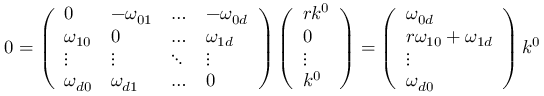
0 = \left( \begin{array} { l l l l } { { 0 } } & { { - \omega _ { 0 1 } } } & { { \ldots } } & { { - \omega _ { 0 d } } } \\ { { \omega _ { 1 0 } } } & { { 0 } } & { { \ldots } } & { { \omega _ { 1 d } } } \\ { { \vdots } } & { { \vdots } } & { { \ddots } } & { { \vdots } } \\ { { \omega _ { d 0 } } } & { { \omega _ { d 1 } } } & { { \ldots } } & { { 0 } } \end{array} \right) \left( \begin{array} { l } { { r k ^ { 0 } } } \\ { { 0 } } \\ { { \vdots } } \\ { { k ^ { 0 } } } \end{array} \right) = \left( \begin{array} { l } { { \omega _ { 0 d } } } \\ { { r \omega _ { 1 0 } + \omega _ { 1 d } } } \\ { { \vdots } } \\ { { \omega _ { d 0 } } } \end{array} \right) k ^ { 0 }